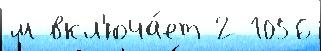
м вкл'юча́ет 2 1056